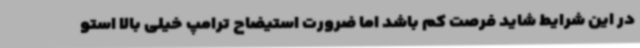
در این شرایط شاید فرصت کم باشد اما ضرورت استیضاح ترامپ خیلی بالا استو